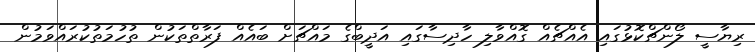
ރިޔާސީ ލޯންޗްކޮޅުގައި އެއްޗެއް ގޮއްވާލި ހާދިސާގައި އަދީބްގެ މައްޗަށް ބައެއް ފަރާތްތަކުން ތުހުމަތުކުރައްވަމުން